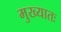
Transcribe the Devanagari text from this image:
मुख्यातः